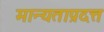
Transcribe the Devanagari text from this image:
मान्यताप्रदत्त